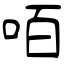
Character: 咟